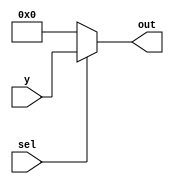
module mux2(y,sel,out);
  input [15:0]  y;
  input sel;
  output [15:0] out;

assign out = (sel)? y:16'b0;

endmodule